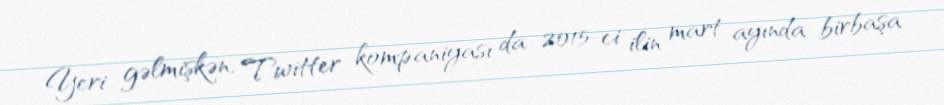
Yeri gəlmişkən, Twitter kompaniyası da 2015-ci ilin mart ayında birbaşa